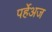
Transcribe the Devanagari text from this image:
पर्हेअज